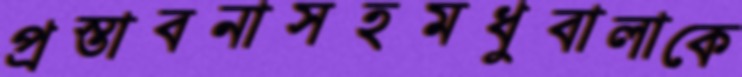
প্রস্তাবনাসহমধুবালাকে